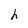
Character: h